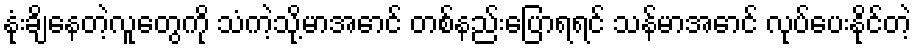
နုံးချိနေတဲ့လူတွေကို သံကဲ့သို့မာအောင် တစ်နည်းပြောရရင် သန်မာအောင် လုပ်ပေးနိုင်တဲ့